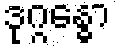
ဒုဂ္ဂန္ဓော